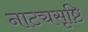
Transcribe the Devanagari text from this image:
नाट्यसृष्टि